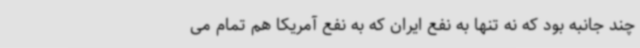
چند جانبه بود که نه تنها به نفع ایران که به نفع آمریکا هم تمام می